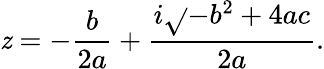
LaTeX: \mathit{z}=-{\frac{{b}}{{2a}}}+{\frac{{i{\sqrt{}{{-b^{2}+4ac}}}}}{{2a}}}.